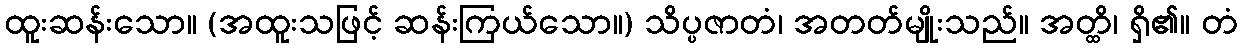
ထူးဆန်းသော။ (အထူးသဖြင့် ဆန်းကြယ်သော။) သိပ္ပဇာတံ၊ အတတ်မျိုးသည်။ အတ္ထိ၊ ရှိ၏။ တံ